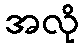
အလို